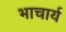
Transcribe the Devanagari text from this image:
भाचार्य